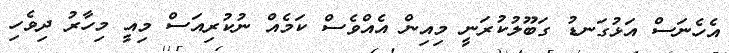
އެހެނަސް އަޅުގަނޑު ގަބޫލުކުރަނީ މިއިން އެއްވެސް ކަމެއް ނުކުރިއަސް މިއީ މިހާރު ދިވެހި